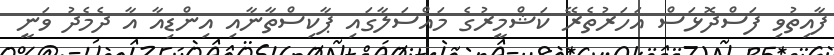
ފާއިތުވި ފަސްދޮޅަސް އަހަރުތެރޭ ކަޝްމީރުގެ މައްސަލާގައި ޕާކިސްތާނާއި އިންޑިއާ އާ ދެމެދު ވަނީ